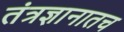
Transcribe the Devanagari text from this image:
तंत्रज्ञानातच